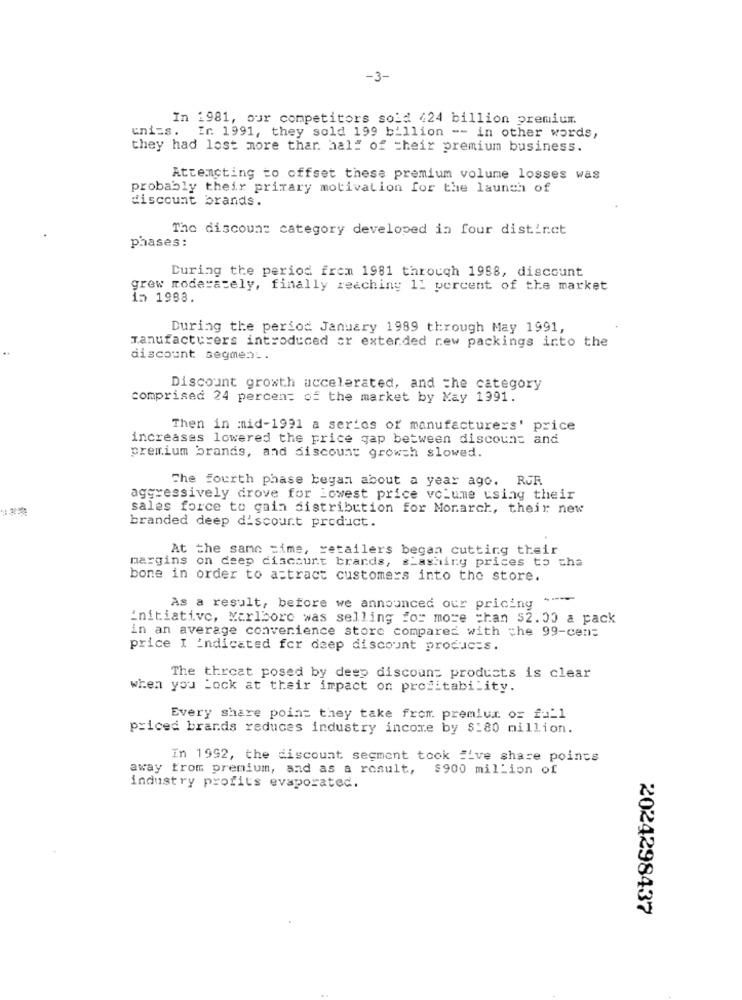
-3-
In 1981, our competitors sold 424 billion premium.
uni=s.
Ir. 1991, they sold 199 billion -- in other words,
they had lost more than half of their premium business.
Attempting to offset these premium volume losses was
probably their primary motivation for the launch of
discount brands.
The discount category developed in four distinct
phases:
During the period from 1981 through 1998, discount
grew moderately, finally reaching 11 percent of the market
in 1988.
During the period January 1989 through May 1991,
manufacturers introduced ar extended rew packings into the
discount segment.
Discount growth accelerated, and the category
comprised 24 percent of the market by Kay 1991.
Then in mid-1991 a series of manufacturers' price
increases lowered the price gap between discount and
premium brands, and discount growth slowed.
The fourth phase began about a year ago. RUF
aggressively drove for Lowest price volume using their
sales force to gain distribution for Monarch, their new
branded deep discount product.
At the same time, retailers began cutting their
margins on deep discount brands, sLashing prices to cha
bone in order to attract customers into the store.
As a result, before we announced our pricing " --
initiative, Karlbore was selling for more than 52.00 a pack
in an average convenience store compared with che 99-cen:
price I Indicated for deep discount products.
The threat posed by deep discount products is clear
when you Lock at their impact on profitability.
Every share point they take from premium or full
priced brands reduces industry income by $:80 million.
In 1992, the discount segment took #ive share points
away from premium, and as a result, $900 million of
industry profits evaporated.
2024298437